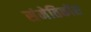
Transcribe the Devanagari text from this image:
संमेतिकॉस